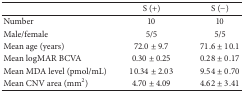
<table><thead><tr><td><b> </b></td><td><b>S (+)</b></td><td><b>S (−)</b></td></tr></thead><tbody><tr><td>Number</td><td>10</td><td>10</td></tr><tr><td>Male/female</td><td>5/5</td><td> 5/5</td></tr><tr><td>Mean age (years)</td><td>72.0 ± 9.7</td><td>71.6 ± 10.1</td></tr><tr><td>Mean logMAR BCVA</td><td>0.30 ± 0.25</td><td>0.28 ± 0.17</td></tr><tr><td>Mean MDA level (pmol/mL)</td><td>10.34 ± 2.03</td><td>9.54 ± 0.70</td></tr><tr><td>Mean CNV area (mm<sup>2</sup>)</td><td>4.70 ± 4.09</td><td>4.62 ± 3.41</td></tr></tbody></table>